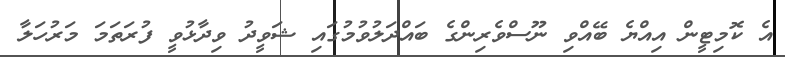
އެ ކޮމިޓީން އިއްޔެ ބޭއްވި ނޫސްވެރިންގެ ބައްދަލުވުމުގައި ޝަވީދު ވިދާޅުވީ ފުރަތަމަ މަރުހަލާ